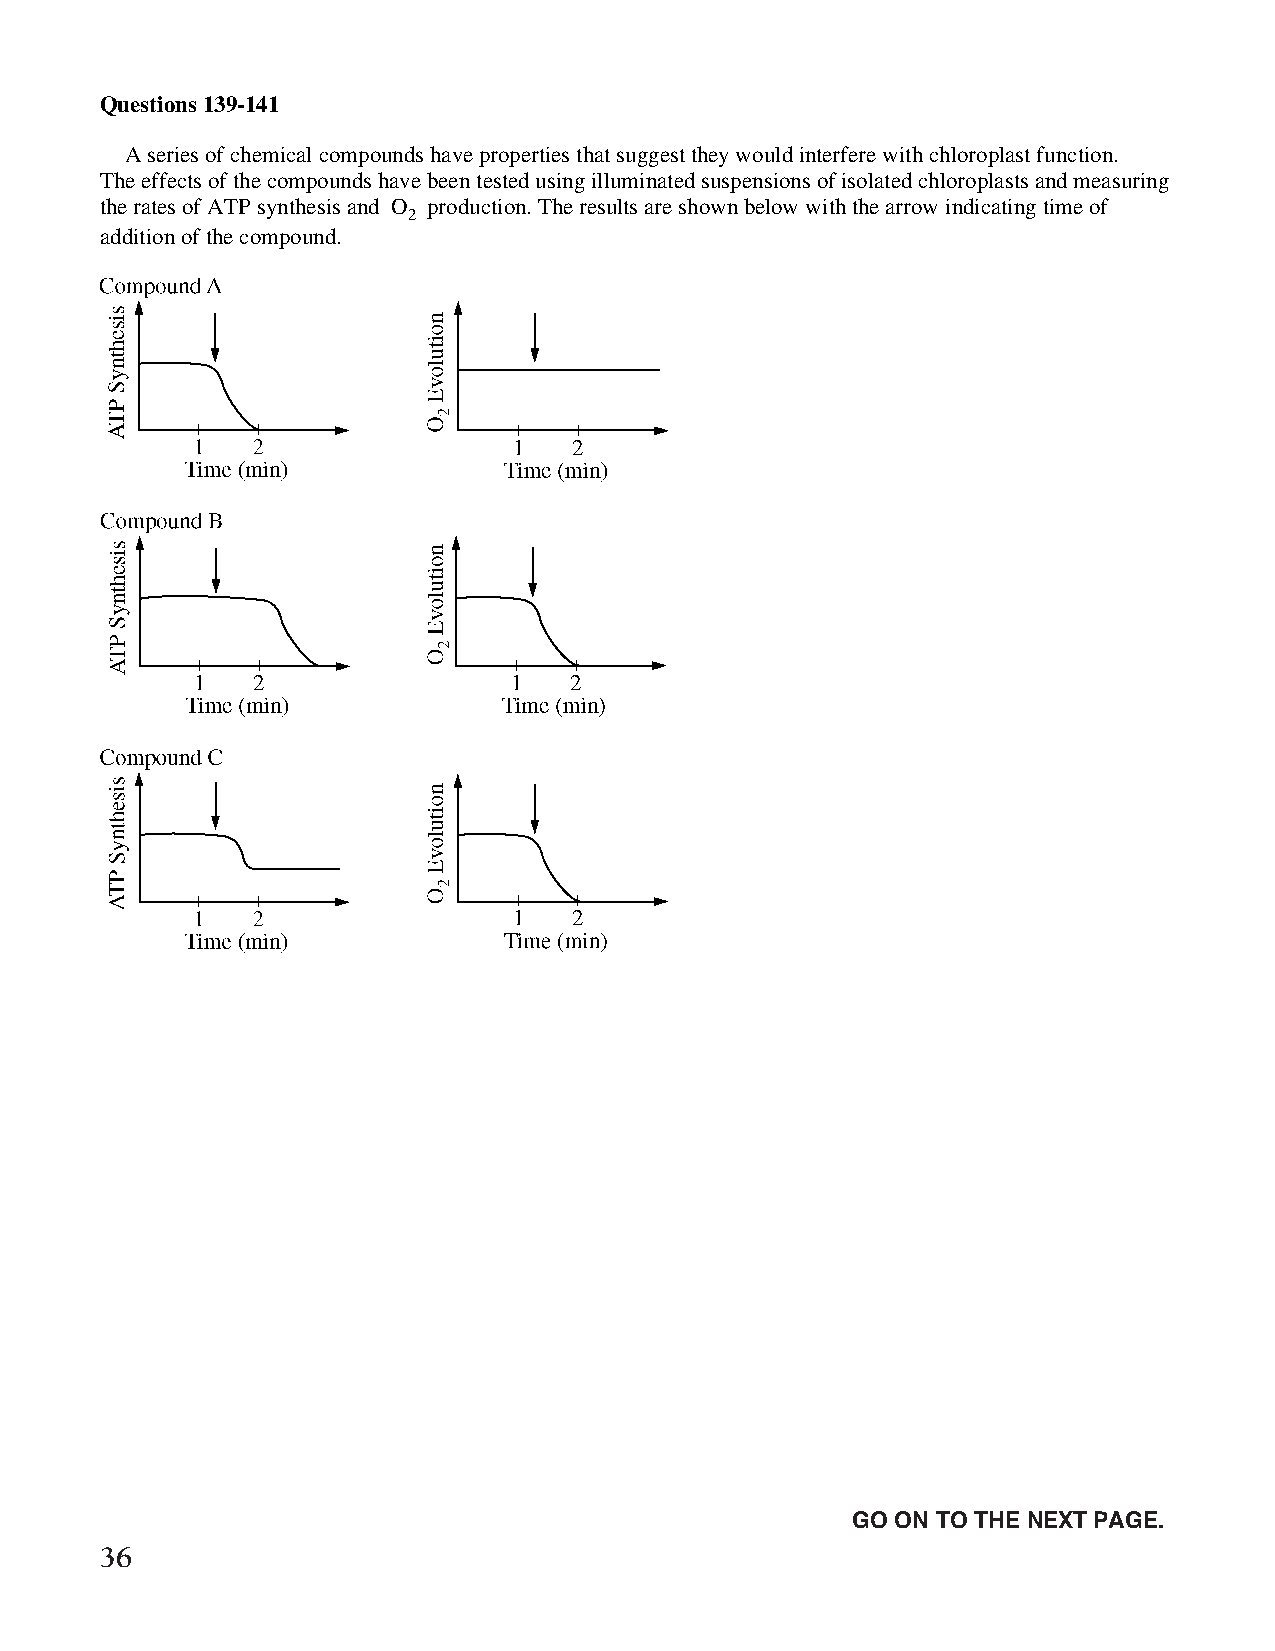
Questions 139-141
 A series of chemical compounds have properties that suggest they would interfere with chloroplast function.
 The effects of the compounds have been tested using illuminated suspensions of isolated chloroplasts and measuring
 the rates of ATP synthesis and O production. The results are shown below with the arrow indicating time of
 2
 addition of the compound.
 Unauthorized copying or reuse of
 any part of this page is illegal.               GO ON TO THE NEXT PAGE.
 36
 GO ON TO THE NEXT PAGE.
 -28-
 007884-72507 GRE Biochemistry Test Practise Book • Dr01 4/17/08 ta • Dr02 5/7/08 ta • Dr03 5/20/08 ta • [NEW 108353] • CS6 • Dr01 5/1/15 jw • [New
 Job] 007884-113203 Drft01 3/22/16 ew